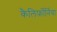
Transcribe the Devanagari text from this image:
कैलिर्फ़ोर्निया